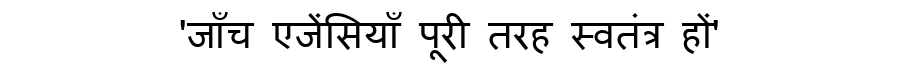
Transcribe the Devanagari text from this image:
'जाँच एजेंसियाँ पूरी तरह स्वतंत्र हों'